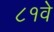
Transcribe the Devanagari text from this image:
८१वे